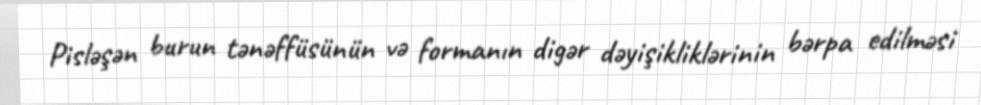
Pisləşən burun tənəffüsünün və formanın digər dəyişikliklərinin bərpa edilməsi